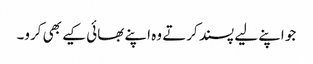
جو اپنے لیے پسند کرتے وہ اپنے بھائی کیے بھی کرو۔